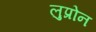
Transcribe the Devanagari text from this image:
लुप्रोन